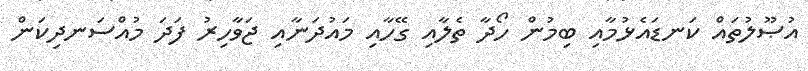
އުޞޫލުތައް ކަނޑައެޅުމާއި ބިމުން ހޯދާ ތެލާއި ގޭހާއި މައުދަނާއި ޖަވާހިރު ފަދަ މުއްސަނދިކަން